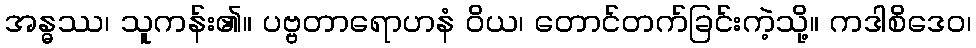
အန္ဓဿ၊ သူကန်း၏။ ပဗ္ဗတာရောဟနံ ဝိယ၊ တောင်တက်ခြင်းကဲ့သို့။ ကဒါစိဒေဝ၊